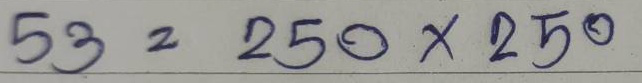
53 = 250x250